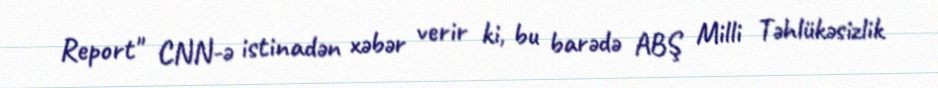
Report" CNN-ə istinadən xəbər verir ki, bu barədə ABŞ Milli Təhlükəsizlik